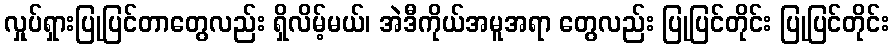
လှုပ်ရှားပြုပြင်တာတွေလည်း ရှိလိမ့်မယ်၊ အဲဒီကိုယ်အမူအရာ တွေလည်း ပြုပြင်တိုင်း ပြုပြင်တိုင်း